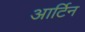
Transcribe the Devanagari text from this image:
आर्टिन